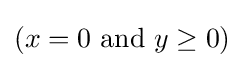
(x=0{\text{ and }}y\geq 0)